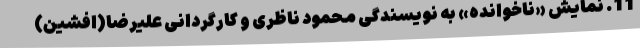
11. نمایش «ناخوانده» به نویسندگی محمود ناظری و کارگردانی علیرضا(افشین)